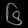
Digit: ၆